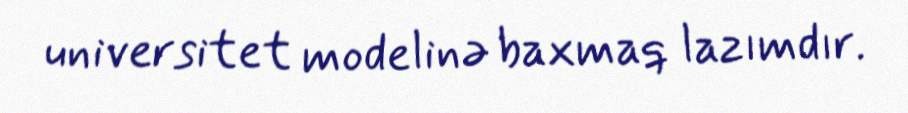
universitet modelinə baxmaq lazımdır.